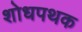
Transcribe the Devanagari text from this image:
शोधपथक